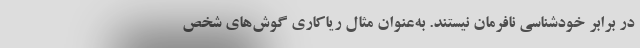
در برابر خودشناسی نافرمان نیستند. به‌عنوان مثال ریاکاری گوش‌های شخص